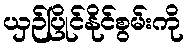
ယှဉ်ပြိုင်နိုင်စွမ်းကို